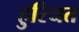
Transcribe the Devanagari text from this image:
हुरियत